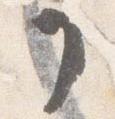
了